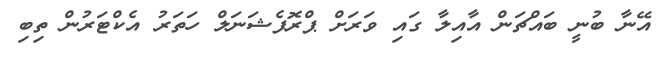
އޭނާ ބުނީ ބައްޗަން އާއިލާ ގައި ވަރަށް ޕްރޮފެޝަނަލް ހަތަރު އެކްޓަރުން ތިބި